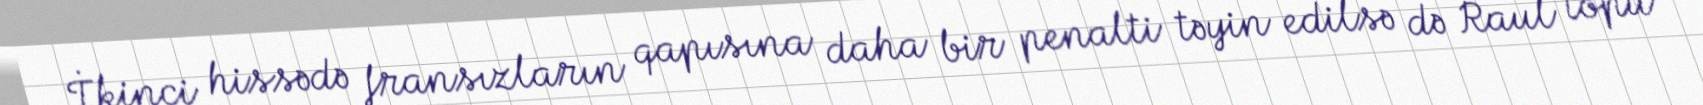
İkinci hissədə fransızların qapısına daha bir penalti təyin edilsə də Raul topu